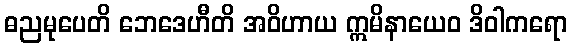
ဓညမုပေတိ ဘေဒေဟီတိ အဝိဟာယ ဣမိနာယေဝ ဒိဝါကရော